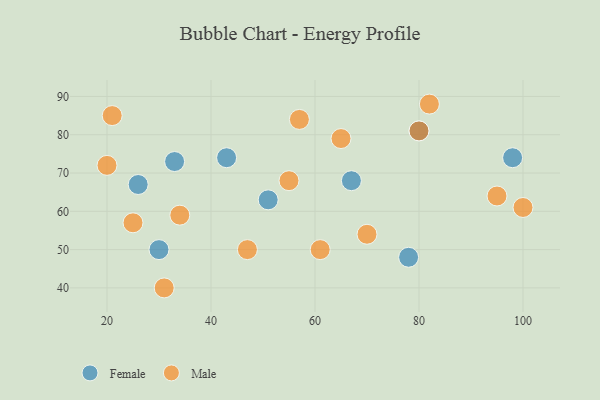
{"axis": {"x": "GDP", "y": "Life Expectancy"}, "legend": ["Female", "Male"], "data": [{"x": "30", "y": 50, "type": "Female"}, {"x": "80", "y": 81, "type": "Female"}, {"x": "43", "y": 74, "type": "Female"}, {"x": "78", "y": 48, "type": "Female"}, {"x": "33", "y": 73, "type": "Female"}, {"x": "98", "y": 74, "type": "Female"}, {"x": "26", "y": 67, "type": "Female"}, {"x": "51", "y": 63, "type": "Female"}, {"x": "67", "y": 68, "type": "Female"}, {"x": "95", "y": 64, "type": "Male"}, {"x": "55", "y": 68, "type": "Male"}, {"x": "82", "y": 88, "type": "Male"}, {"x": "47", "y": 50, "type": "Male"}, {"x": "80", "y": 81, "type": "Male"}, {"x": "65", "y": 79, "type": "Male"}, {"x": "70", "y": 54, "type": "Male"}, {"x": "21", "y": 85, "type": "Male"}, {"x": "25", "y": 57, "type": "Male"}, {"x": "57", "y": 84, "type": "Male"}, {"x": "20", "y": 72, "type": "Male"}, {"x": "31", "y": 40, "type": "Male"}, {"x": "61", "y": 50, "type": "Male"}, {"x": "34", "y": 59, "type": "Male"}, {"x": "100", "y": 61, "type": "Male"}]}